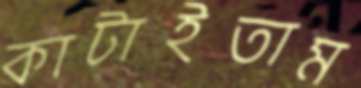
কাটাইতাম